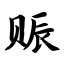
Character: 赈